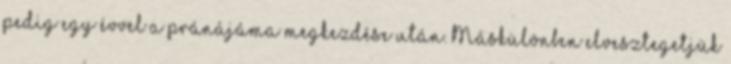
pedig egy évvel a pránájáma megkezdése után. Máskülönben elvesztegetjük